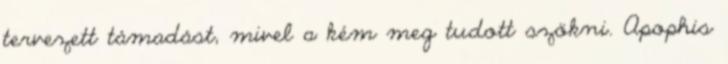
tervezett támadást, mivel a kém meg tudott szökni. Apophis